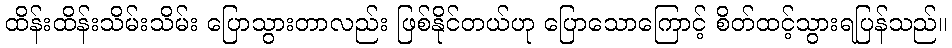
ထိန်းထိန်းသိမ်းသိမ်း ပြောသွားတာလည်း ဖြစ်နိုင်တယ်ဟု ပြောသောကြောင့် စိတ်ထင့်သွားရပြန်သည်။